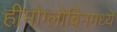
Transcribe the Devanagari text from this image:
हीमोग्लोबिनमध्ये